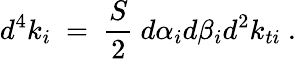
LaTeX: d^{4}k_{i}\ =\ \frac S2\ d\alpha_{i}d\beta_{i}d^{2}k_{ti}\ .